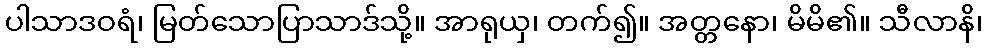
ပါသာဒဝရံ၊ မြတ်သောပြာသာဒ်သို့။ အာရုယှ၊ တက်၍။ အတ္တနော၊ မိမိ၏။ သီလာနိ၊